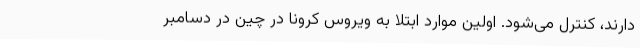
دارند، کنترل می‌شود. اولین موارد ابتلا به ویروس کرونا در چین در دسامبر